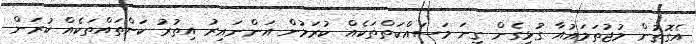
އެގޮތުން މުޖުތަމައުއާ ގުޅިގެން ގިނަ މަސައްކަތްތަކެއް ކުރަމުން އަންނައިރު އިތުރު ކަންތައްތަކެއް ކުރަން